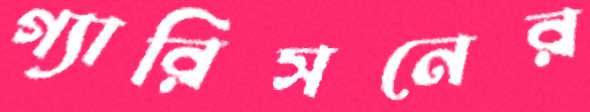
গ্যারিসনের